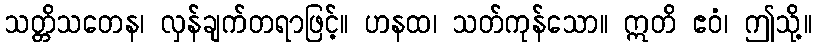
သတ္တိသတေန၊ လှန်ချက်တရာဖြင့်။ ဟနထ၊ သတ်ကုန်သော။ ဣတိ ဧဝံ၊ ဤသို့။